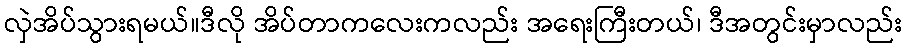
လှဲအိပ်သွားရမယ်။ဒီလို အိပ်တာကလေးကလည်း အရေးကြီးတယ်၊ ဒီအတွင်းမှာလည်း